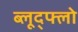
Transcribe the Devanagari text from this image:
ब्लूद्फ्लो